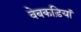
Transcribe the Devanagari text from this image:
वेबकड़ियां